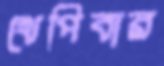
খেপিবার